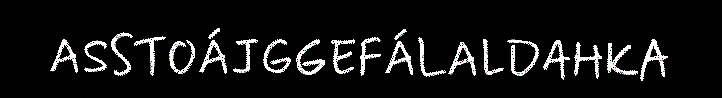
ASSTOÁJGGEFÁLALDAHKA